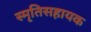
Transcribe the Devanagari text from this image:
स्मृतिसहायक